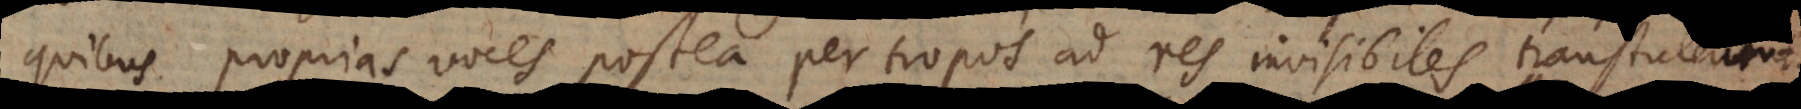
quibus proprias voces postea per tropos ad res invisibiles transtulerunt.